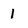
Character: 1